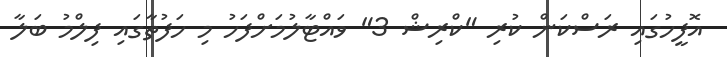
އޮފީހުގައި ރަސްކަން ކުރި "ކްރިޝް 3" ވައްޓާލުމަށްފަހު މި ހަފުތާގައި ފިލްމު ބަލާ